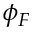
\phi _ { F }